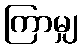
ကြာမျှ